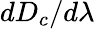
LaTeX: dD_{c}/{d\lambda}